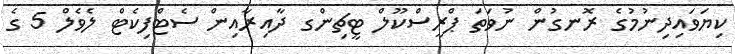
ކިޔަވައިދިނުމުގެ ރޮނގުން ނުވަތަ ޕްރީސްކޫލް ޓީޗިންގ ދާއިރާއިން ސެޓްފިކެޓް ލެވެލް 5 ގެ